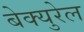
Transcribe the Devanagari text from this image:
बेक्युरेल